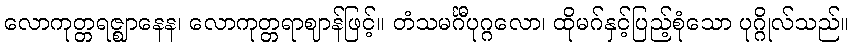
လောကုတ္တရဇ္ဈာနေန၊ လောကုတ္တရာဈာန်ဖြင့်။ တံသမင်္ဂီပုဂ္ဂလော၊ ထိုမဂ်နှင့်ပြည့်စုံသော ပုဂ္ဂိုလ်သည်။